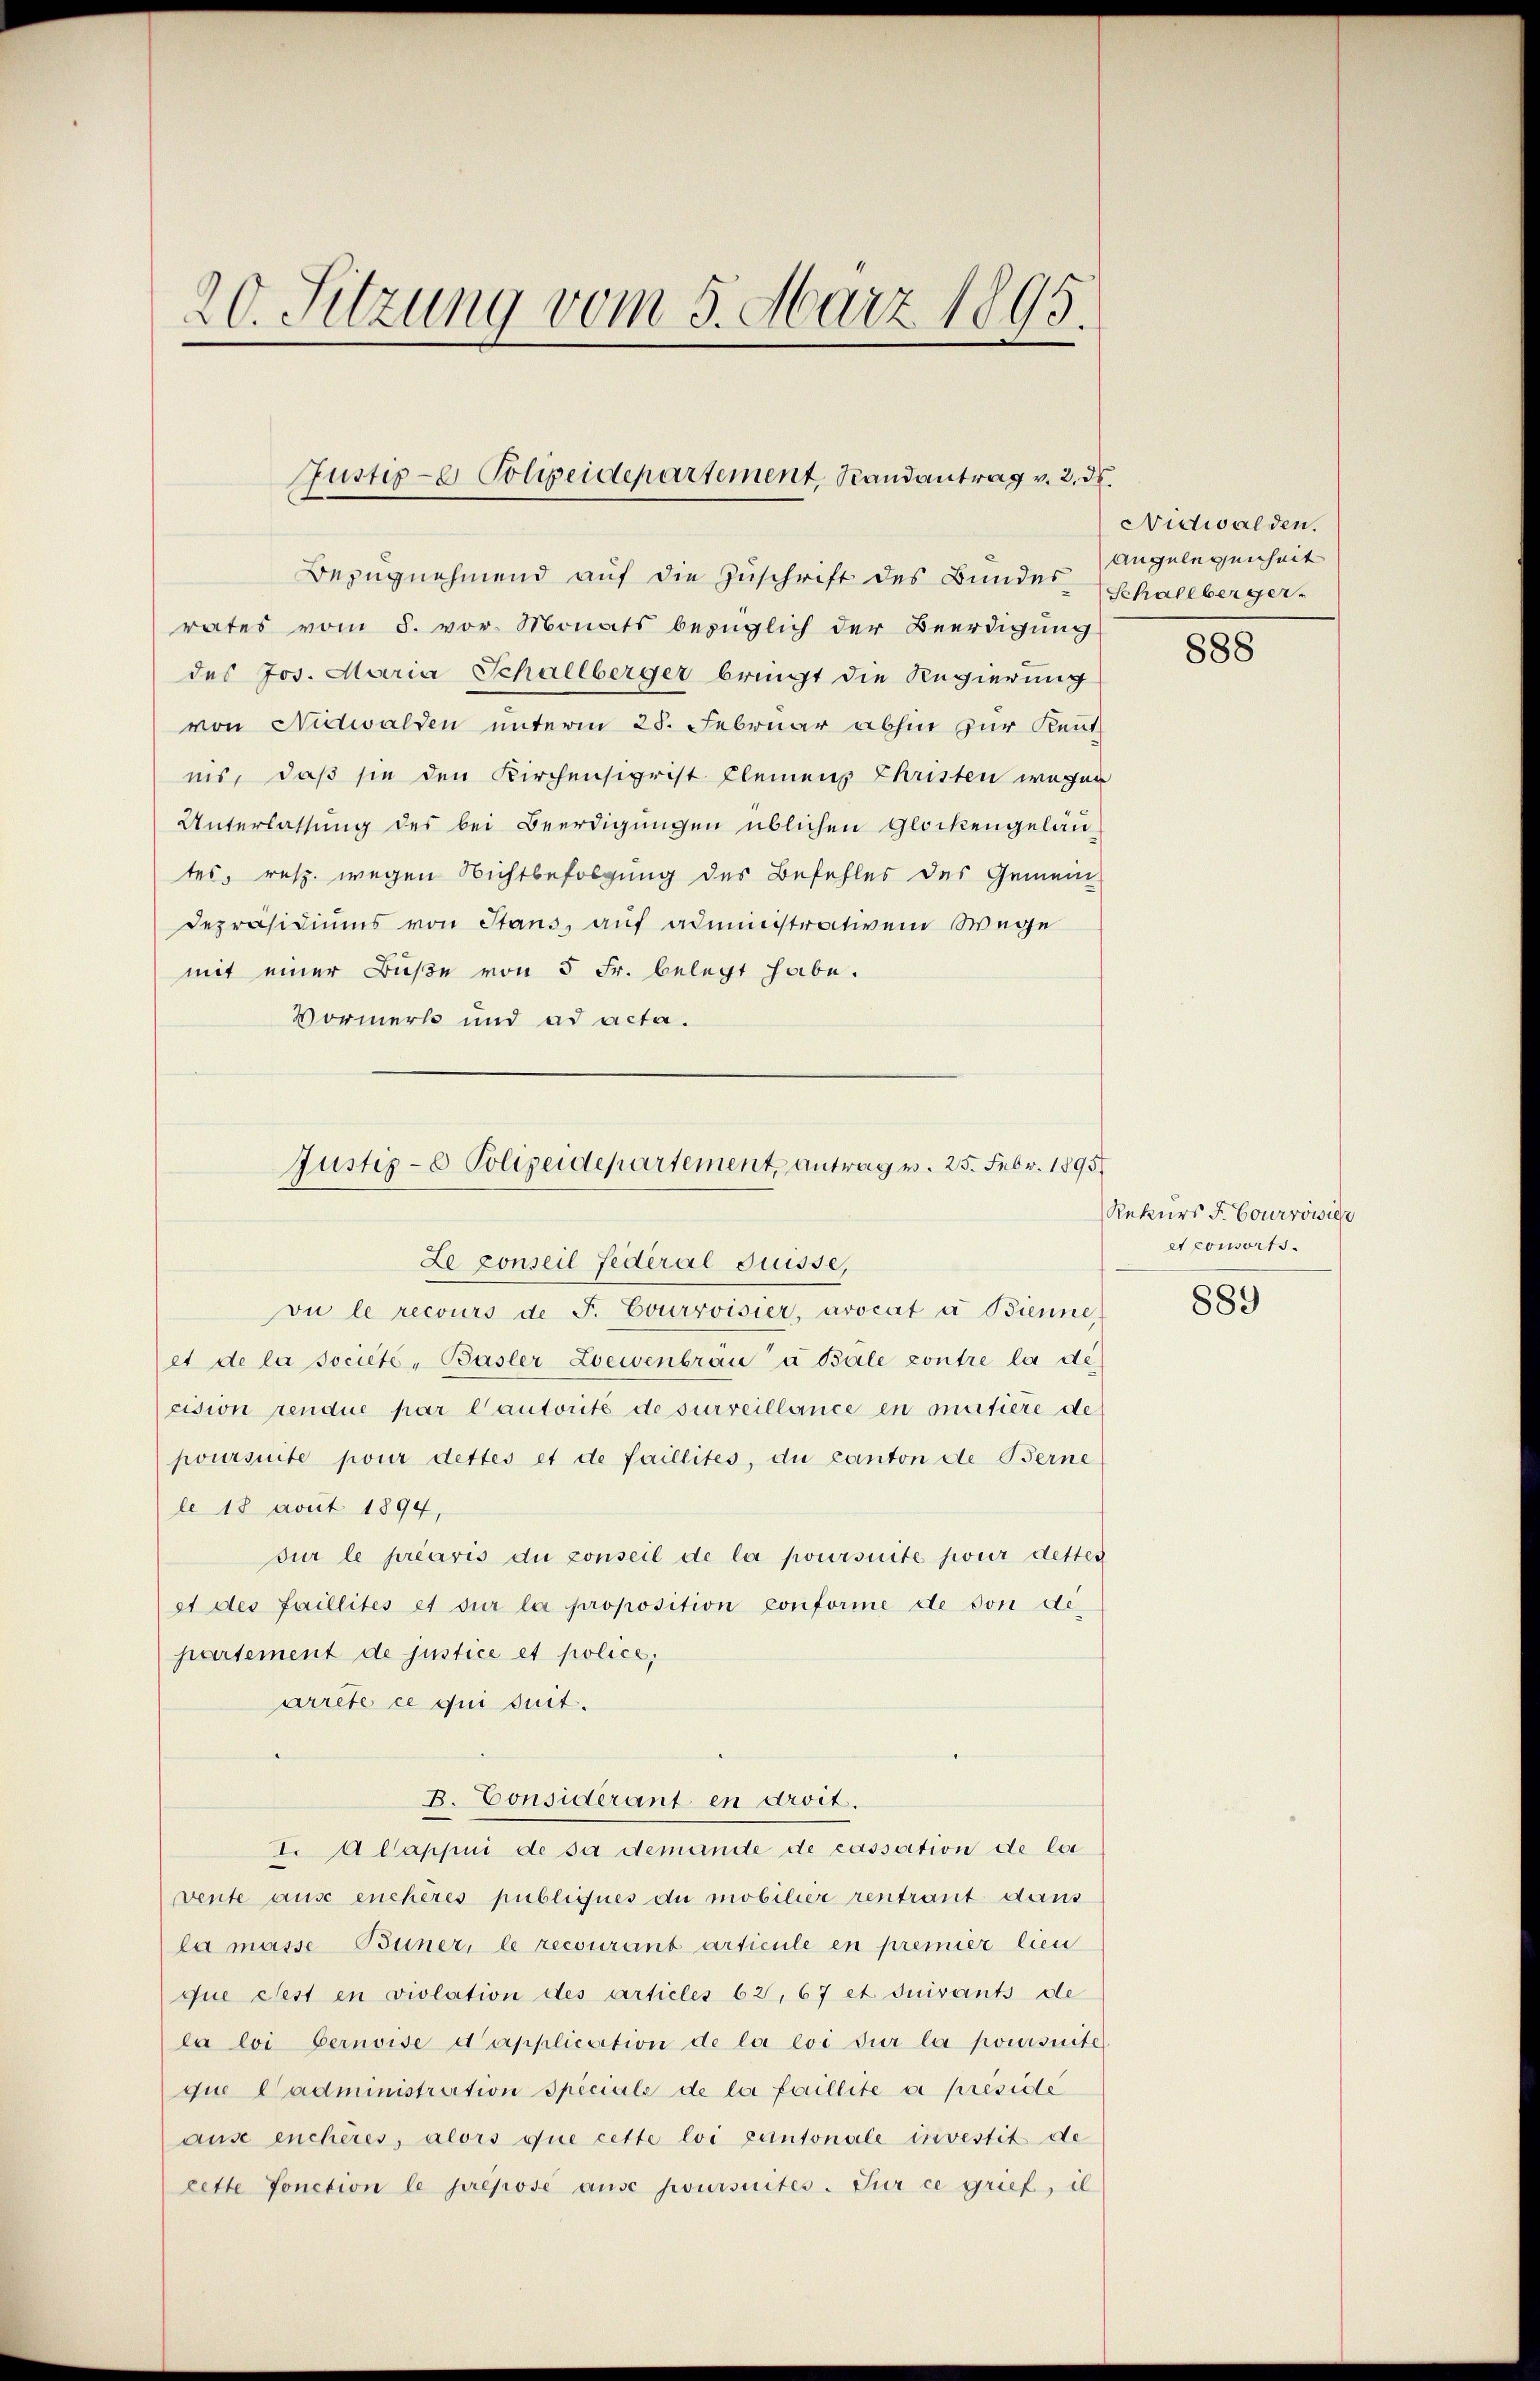
20. Sitzung vom 5. März 1895.

Justiz- & Polizeidepartement, Randantrag v. 2. ds.

von Nidwalden unterm 25. Februar abhin zur Kentnis, daß sie den Kirchensigrist kleinen Christen wegen
Unterlassung des bei Beerdigungen üblichen Glockengelautes, resp. wegen Nichtbefolgung des Befehles des Gemein
Depräsidiums von Stans, auf administrativem Wege
mit einer Buße von 5 Fr. belegt habe.
Vormerk und ad acta.

Bezugnehmend auf die Zuschrift des Bundes Angelegenheit
rates vom 5. vor. Monats bezüglich der Beerdigung
des Jos. Maria Schallberger bringt die Regierung

Justiz- & Polizeidepartement, antrag v. 25. Febr. 1895
Le conseil Federal Suisse,
vu le recours de F. Courvoisier, avocat à Bienne

et de la societe - Basler Loewenbrau“ à Bäle contre la de
cision rendue par lautorité de surveillance en matière de
poursuite pour dettes et de faillites, du canton de Berne
le 18 avut 1894,
sur le préavis du conseil de la poursuite jouir detter
et des faillités et sur la proposition conforme de von departement de justice et police,
arrête ce qui suit.
B. Considérant en droit.
I. Alappui de sa demande de cassation de la
vente ause encheres publiques du mobilier rentraut dans
la masse Büner, le recourant articule en premier lieu
que Fest en violation des articles 62, 67 et suivants de
la loi bernoise d’application de la loi sur la poursuite
que Cadministration speciale de la faillite a preside
ause enchères, alors que cette loi cantonale investit de
cette fonction le prepose ause poursuites. Sur ce grief, il

Nidwalden.
Schallberger.

888

Rekurs F. Courrowice
et consorts.

889